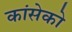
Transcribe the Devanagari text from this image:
कांसेको